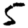
Digit: 5